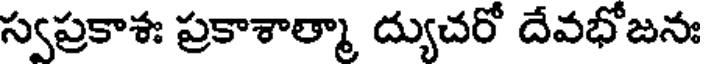
స్వప్రకాశః ప్రకాశాత్మా ద్యుచరో దేవభోజనః